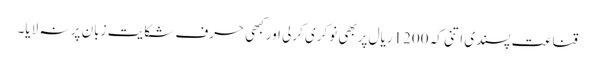
قناعت پسندی اتنی کہ 1200ریال پربھی نوکری کرلی اورکبھی حرف شکایت زبان پر نہ لایا۔